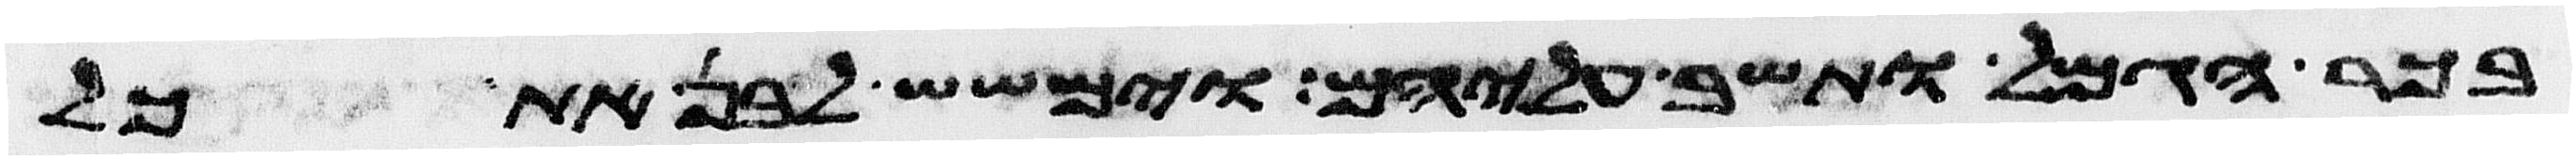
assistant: בכר הגמל ותשב עליהם וימשש לבן את כל